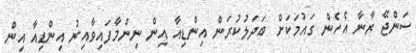
ސަންޖޭ ރާނާ އެހެން ގައުމަކަށް ބަދަލުކުރަން އިންޑިއާ އިން ނިންމާފައިވާއިރު އިންޑިއާ އިން